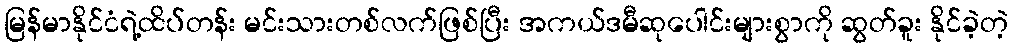
မြန်မာနိုင်ငံရဲ့ထိပ်တန်း မင်းသားတစ်လက်ဖြစ်ပြီး အကယ်ဒမီဆုပေါင်းများစွာကို ဆွတ်ခူး နိုင်ခဲ့တဲ့